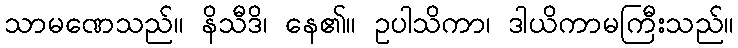
သာမဏေသည်။ နိသီဒိ၊ နေ၏။ ဥပါသိကာ၊ ဒါယိကာမကြီးသည်။